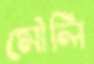
মৌলি